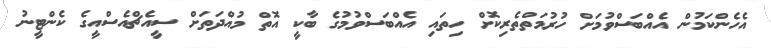
އެހެންކަމުން އެއްބަސްވުމަށް ހުރުމަތްތެރިކޮށް ހިތައި އެއްބަސްވުމުގެ ބާކީ އޮތް މުއްދަތަށް ސީއެޗްއެސްއީގެ ކެންޓީނު